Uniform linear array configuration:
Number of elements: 64
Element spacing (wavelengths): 0.75
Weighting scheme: hann
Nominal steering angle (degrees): -15
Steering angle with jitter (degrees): -15.41
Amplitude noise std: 0.05
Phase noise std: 0.05

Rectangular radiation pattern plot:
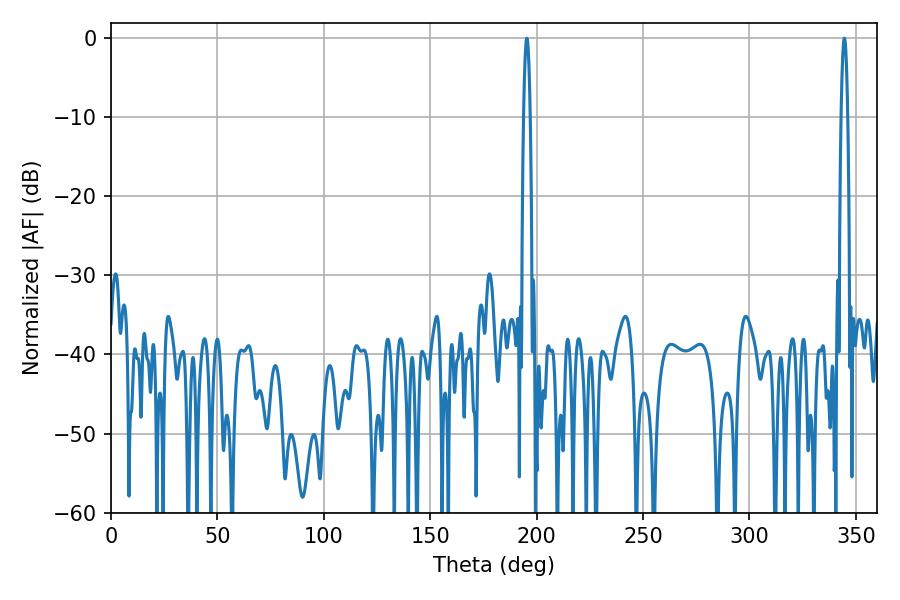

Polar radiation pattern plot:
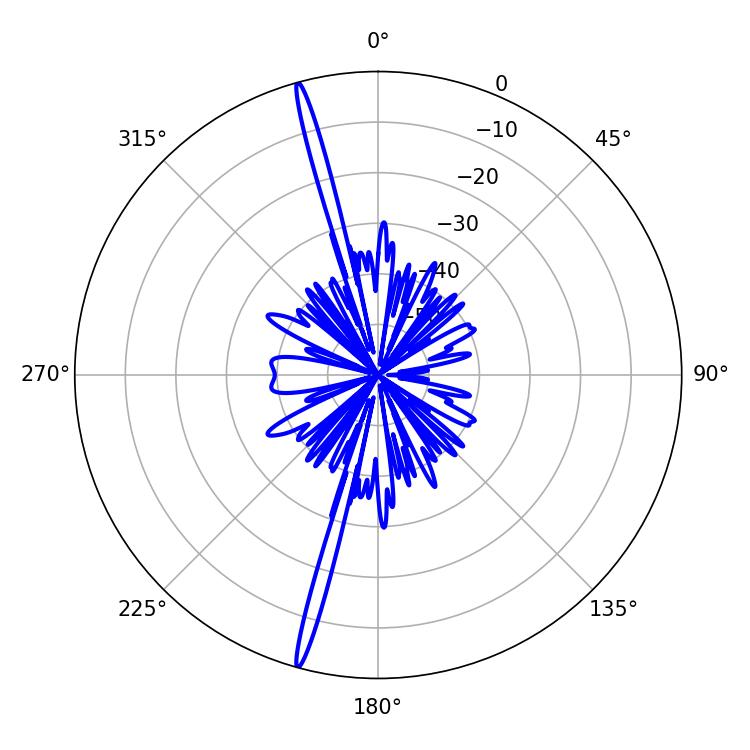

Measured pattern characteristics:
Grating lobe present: TRUE
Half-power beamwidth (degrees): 1.62
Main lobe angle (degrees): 195.48